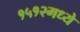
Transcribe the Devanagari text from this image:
१५१२मध्ये